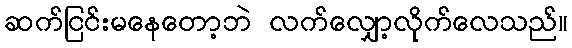
ဆက်ငြင်းမနေတော့ဘဲ လက်လျှော့လိုက်လေသည်။